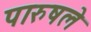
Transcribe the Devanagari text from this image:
पारुषले